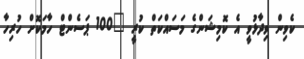
ކެވިން ވިދާޅުވީ އެ ކޮމިޝަންގެ މަސައްކަތް ކުރީ "100 ޕަސެންޓް ހާމަކޮށް ހުރިހާ